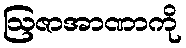
ဩဇာအာဏာကို